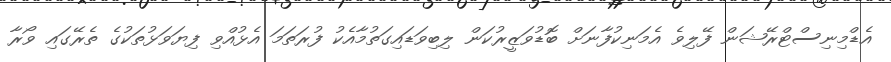
އެޑްމިނިސްޓްރޭޝަން ފޭލިވެ އެމަނިކުފާނަށް ބޮޑުވަޒީރުކަން ލިބިވަޑައިގަތުމާއެކު ފުރަތަމަ އެޅުއްވި ފިޔަވަޅުތަކުގެ ތެރޭގައި ވޯރާ